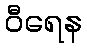
ဝီရေန